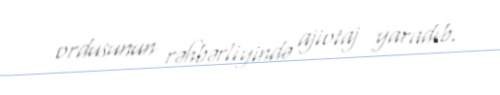
ordusunun rəhbərliyində ajiotaj yaradıb.